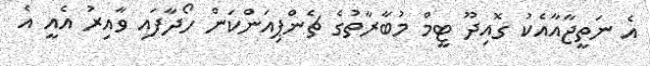
އެ ނަތީޖާއާއެކު ގޮއިދޫ ޓީމް މުބާރާތުގެ ޗެންޕިއަންކަން ހޯދާފައި ވާއިރު އެއީ އެ